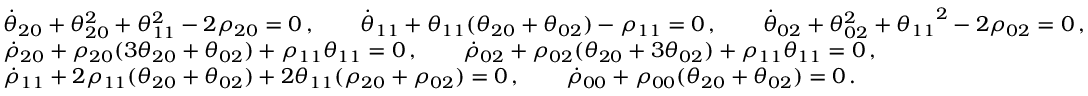
\begin{array} { r l } & { \dot { \theta } _ { 2 0 } + \theta _ { 2 0 } ^ { 2 } + \theta _ { 1 1 } ^ { 2 } - 2 \rho _ { 2 0 } = 0 \, , \qquad \dot { \theta } _ { 1 1 } + { \theta _ { 1 1 } } ( \theta _ { 2 0 } + \theta _ { 0 2 } ) - \rho _ { 1 1 } = 0 \, , \qquad \dot { \theta } _ { 0 2 } + \theta _ { 0 2 } ^ { 2 } + { \theta _ { 1 1 } } ^ { 2 } - 2 \rho _ { 0 2 } = 0 \, , } \\ & { \dot { \rho } _ { 2 0 } + \rho _ { 2 0 } ( 3 \theta _ { 2 0 } + \theta _ { 0 2 } ) + \rho _ { 1 1 } { \theta _ { 1 1 } } = 0 \, , \qquad \dot { \rho } _ { 0 2 } + \rho _ { 0 2 } ( \theta _ { 2 0 } + 3 \theta _ { 0 2 } ) + \rho _ { 1 1 } { \theta _ { 1 1 } } = 0 \, , } \\ & { \dot { \rho } _ { 1 1 } + 2 \rho _ { 1 1 } ( \theta _ { 2 0 } + \theta _ { 0 2 } ) + 2 { \theta _ { 1 1 } } ( \rho _ { 2 0 } + \rho _ { 0 2 } ) = 0 \, , \qquad \dot { \rho } _ { 0 0 } + \rho _ { 0 0 } ( \theta _ { 2 0 } + \theta _ { 0 2 } ) = 0 \, . } \end{array}